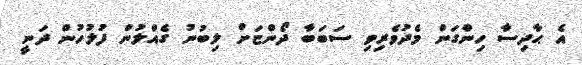
އެ ޙާދިސާ ހިންގަން މެދުވެރިވި ސަބަބާ ދޯންޏަށް ލިބުނު ގެއްލުން ފުލުހުން ދަނީ